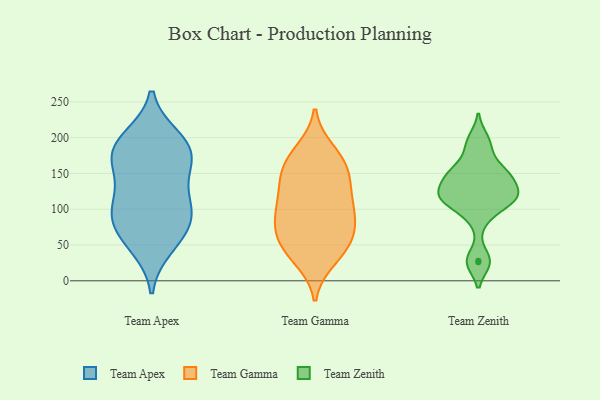
{"axis": {"x": "Budget (USD K)", "y": "Value"}, "legend": ["Team Apex", "Team Gamma", "Team Zenith"], "data": [{"x": "", "y": 173, "type": "Team Apex"}, {"x": "", "y": 99, "type": "Team Apex"}, {"x": "", "y": 184, "type": "Team Apex"}, {"x": "", "y": 68, "type": "Team Apex"}, {"x": "", "y": 63, "type": "Team Apex"}, {"x": "", "y": 48, "type": "Team Apex"}, {"x": "", "y": 138, "type": "Team Apex"}, {"x": "", "y": 199, "type": "Team Apex"}, {"x": "", "y": 176, "type": "Team Apex"}, {"x": "", "y": 107, "type": "Team Apex"}, {"x": "", "y": 194, "type": "Team Apex"}, {"x": "", "y": 97, "type": "Team Apex"}, {"x": "", "y": 94, "type": "Team Apex"}, {"x": "", "y": 161, "type": "Team Apex"}, {"x": "", "y": 41, "type": "Team Gamma"}, {"x": "", "y": 159, "type": "Team Gamma"}, {"x": "", "y": 73, "type": "Team Gamma"}, {"x": "", "y": 49, "type": "Team Gamma"}, {"x": "", "y": 105, "type": "Team Gamma"}, {"x": "", "y": 127, "type": "Team Gamma"}, {"x": "", "y": 72, "type": "Team Gamma"}, {"x": "", "y": 31, "type": "Team Gamma"}, {"x": "", "y": 81, "type": "Team Gamma"}, {"x": "", "y": 48, "type": "Team Gamma"}, {"x": "", "y": 102, "type": "Team Gamma"}, {"x": "", "y": 181, "type": "Team Gamma"}, {"x": "", "y": 92, "type": "Team Gamma"}, {"x": "", "y": 161, "type": "Team Gamma"}, {"x": "", "y": 172, "type": "Team Gamma"}, {"x": "", "y": 129, "type": "Team Gamma"}, {"x": "", "y": 145, "type": "Team Gamma"}, {"x": "", "y": 150, "type": "Team Zenith"}, {"x": "", "y": 115, "type": "Team Zenith"}, {"x": "", "y": 119, "type": "Team Zenith"}, {"x": "", "y": 153, "type": "Team Zenith"}, {"x": "", "y": 115, "type": "Team Zenith"}, {"x": "", "y": 141, "type": "Team Zenith"}, {"x": "", "y": 28, "type": "Team Zenith"}, {"x": "", "y": 113, "type": "Team Zenith"}, {"x": "", "y": 133, "type": "Team Zenith"}, {"x": "", "y": 198, "type": "Team Zenith"}, {"x": "", "y": 185, "type": "Team Zenith"}, {"x": "", "y": 26, "type": "Team Zenith"}, {"x": "", "y": 115, "type": "Team Zenith"}, {"x": "", "y": 88, "type": "Team Zenith"}, {"x": "", "y": 154, "type": "Team Zenith"}]}